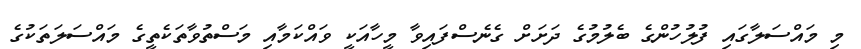
މި މައްސަލާގައި ފުލުހުންގެ ބެލުމުގެ ދަށަށް ގެނެސްފައިވާ މީހާއަކީ ވައްކަމާއި މަސްތުވާތަކެތީގެ މައްސަލަތަކުގެ